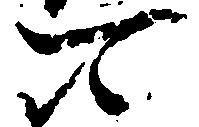
可